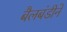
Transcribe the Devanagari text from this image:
बैलबंडीने